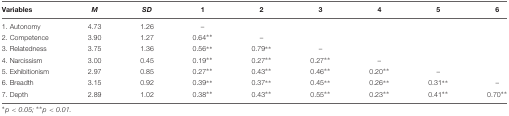
<table><thead><tr><td><b>Variables</b></td><td><b><i>M</i></b></td><td><b><i>SD</i></b></td><td><b>1</b></td><td><b>2</b></td><td><b>3</b></td><td><b>4</b></td><td><b>5</b></td><td><b>6</b></td></tr></thead><tbody><tr><td>1. Autonomy</td><td>4.73</td><td>1.26</td><td>–</td><td></td><td></td><td></td><td></td><td></td></tr><tr><td>2. Competence</td><td>3.90</td><td>1.27</td><td>0.64**</td><td>–</td><td></td><td></td><td></td><td></td></tr><tr><td>3. Relatedness</td><td>3.75</td><td>1.36</td><td>0.56**</td><td>0.79**</td><td>–</td><td></td><td></td><td></td></tr><tr><td>4. Narcissism</td><td>3.00</td><td>0.45</td><td>0.19**</td><td>0.27**</td><td>0.27**</td><td>–</td><td></td><td></td></tr><tr><td>5. Exhibitionism</td><td>2.97</td><td>0.85</td><td>0.27**</td><td>0.43**</td><td>0.46**</td><td>0.20**</td><td>–</td><td></td></tr><tr><td>6. Breadth</td><td>3.15</td><td>0.92</td><td>0.39**</td><td>0.37**</td><td>0.45**</td><td>0.26**</td><td>0.31**</td><td>–</td></tr><tr><td>7. Depth</td><td>2.89</td><td>1.02</td><td>0.38**</td><td>0.43**</td><td>0.55**</td><td>0.23**</td><td>0.41**</td><td>0.70**</td></tr></tbody></table>